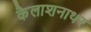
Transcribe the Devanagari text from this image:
कैलाशनाथर